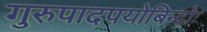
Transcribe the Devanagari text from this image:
गुरुपादपयोबिन्दोः